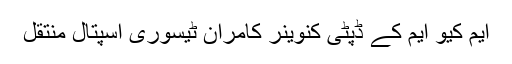
ایم کیو ایم کے ڈپٹی کنوینر کامران ٹیسوری اسپتال منتقل